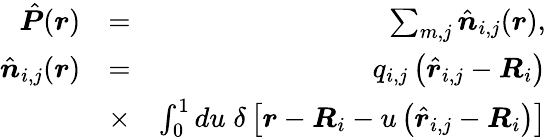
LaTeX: \begin{array}{rlr}{\hat{\boldsymbol P}(\boldsymbol r)}&{=}&{\sum_{m,j}\hat{\boldsymbol n}_{i,j}(\boldsymbol r),}\\ {\hat{\boldsymbol n}_{i,j}(\boldsymbol r)}&{=}&{q_{i,j}\left(\hat{\boldsymbol r}_{i,j}-\boldsymbol R_{i}\right)}\\ &{\times}&{\int_{0}^{1}du\; \delta\left[\boldsymbol r-\boldsymbol R_{i}-u\left(\hat{\boldsymbol r}_{i,j}-\boldsymbol R_{i}\right)\right]}\end{array}